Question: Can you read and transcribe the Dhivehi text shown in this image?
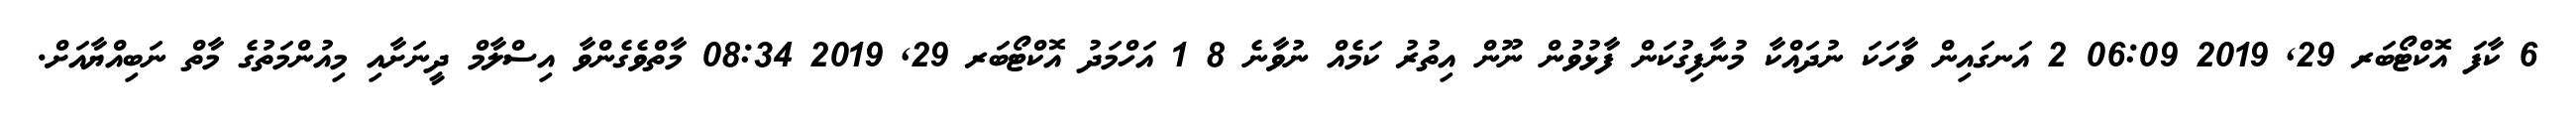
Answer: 6 ކާފަ އޮކްޓޯބަރ 29, 2019 06:09 2 އަނގައިން ވާހަކަ ނުދައްކާ މުނާފިގުކަން ފާޅުވުން ނޫން އިތުރު ކަމެއް ނުވާނެ 8 1 އަހްމަދު އޮކްޓޯބަރ 29, 2019 08:34 މާތްވެގެންވާ އިސްލާމް ދީނަށާއި މިއުންމަތުގެ މާތް ނަބިއްޔާއަށް.